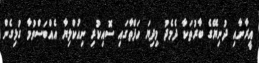
އީރާނާއި ދުނިޔޭގެ ބާރުތަކާ ދެމެދު މިދިޔަ ހަފްތާގައި ސޮއިކުރި ނިއުކްލިޔާ އެއްބަސްވުމާ ގުޅިގެން